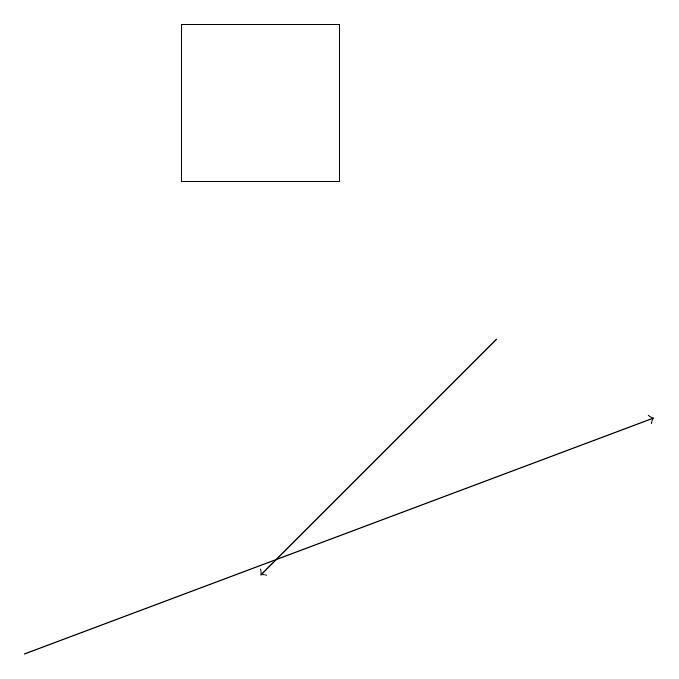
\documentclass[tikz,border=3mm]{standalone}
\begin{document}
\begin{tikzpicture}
\draw[->] (0,10) -- (8,13);
\draw (4,16) rectangle (2,18);
\draw[->] (6,14) -- (3,11);
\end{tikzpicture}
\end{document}